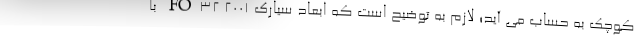
کوچک به حساب می آید؛ لازم به توضیح است که ابعاد سیارک FO32 2001 با